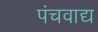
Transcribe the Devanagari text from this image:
पंचवाद्य